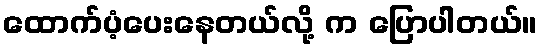
ထောက်ပံ့ပေးနေတယ်လို့ က ပြောပါတယ်။